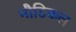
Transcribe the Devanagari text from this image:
नौटिकल